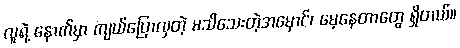
လူရဲ့ နောက်မှာ ကျယ်ပြောလှတဲ့ မသိသေးတဲ့အမှောင်၊ မေ့နေတာတွေ ရှိတယ်။